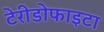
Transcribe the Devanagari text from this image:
टेरीडोफाइटा